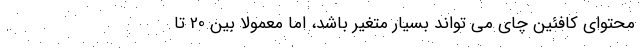
محتوای کافئین چای می تواند بسیار متغیر باشد، اما معمولا بین 20 تا